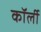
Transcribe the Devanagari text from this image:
कॉर्ली